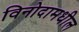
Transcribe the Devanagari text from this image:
विनोदामधील